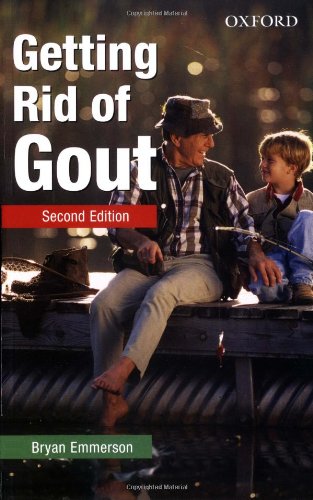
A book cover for Getting Rid of Gout; Bryan Emmerson; Health, Fitness & Dieting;